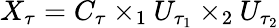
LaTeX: X_{\tau}=C_{\tau}\times_{1}U_{\tau_{1}}\times_{2}U_{\tau_{2}}